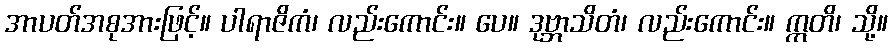
အာပတ်အစုအားဖြင့်။ ပါရာဇိကံ၊ လည်းကောင်း။ ပေ။ ဒုဗ္ဘာသိတံ၊ လည်းကောင်း။ ဣတိ၊ သို့။